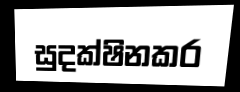
සුදක්ෂිනකර